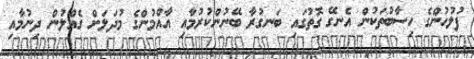
ފުލުހުންގެ ހިސާބުތަކުން އެނގޭ ގޮތުގައި ބަނގުރާ ބޭނުންކުރުމާއި އާއްމުންގެ މުދަލަށް ގެއްލުން ދިނުމާއި